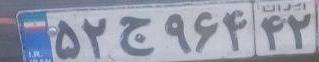
۵۲ج۹۶۴۴۲